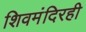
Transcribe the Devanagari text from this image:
शिवमंदिरही